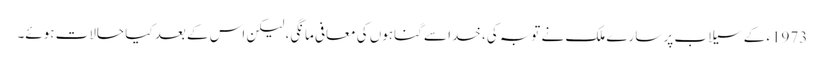
1973ء کے سیلاب پر سارے ملک نے توبہ کی، خدا سے گناہوں کی معافی مانگی، لیکن اس کے بعد کیا حالات ہوئے۔